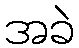
အခဲ